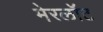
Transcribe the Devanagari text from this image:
मेरलॉट